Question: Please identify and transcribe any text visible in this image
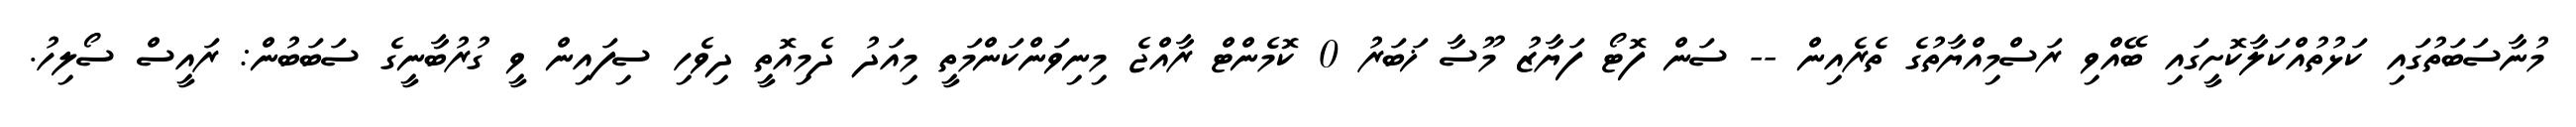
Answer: މުނާސަބަތުގައި ކަޅުތުއްކަލާކޮށީގައި ބޭއްވި ރަސްމިއްޔާތުގެ ތެރެއިން -- ސަން ފޮޓޯ ފަޔާޒު މޫސާ ޚަބަރު 0 ކޮމެންޓް ރާއްޖެ މިނިވަންކަންމަތީ މިއަދު ދެމިއޮތީ ދިވެހި ސިފައިން ވީ ގުރުބާނީގެ ސަބަބުން: ރައީސް ސޯލިހު.